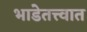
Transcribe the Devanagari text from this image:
भाडेतत्त्वात